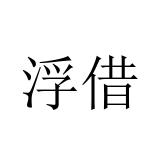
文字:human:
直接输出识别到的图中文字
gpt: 浮借